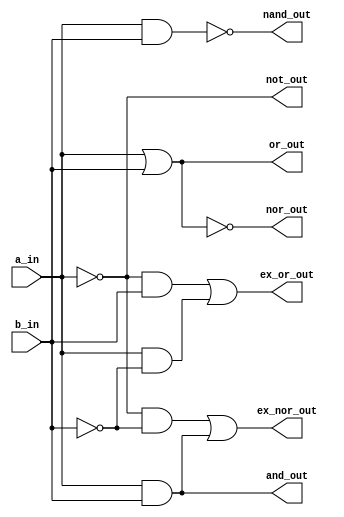
module logic_gates(
                    output and_out,
                    output or_out,
                    output not_out,
                    output nand_out,
                    output nor_out,
                    output ex_or_out,
                    output ex_nor_out,
                    input a_in,
                    input b_in                    
                    );
assign and_out  =a_in && b_in;//and gate
assign or_out   =a_in || b_in;//or gate
assign not_out  =~a_in;//not gate
assign nand_out =~(a_in & b_in);//nand gate
assign nor_out  =~(a_in || b_in);//nor gate
assign ex_or_out=(~a_in&&b_in || a_in && ~b_in);//ex_or gate
assign ex_nor_out=(~a_in&&~b_in || a_in &&b_in);//ex_nor gate

endmodule